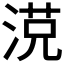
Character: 𣸿